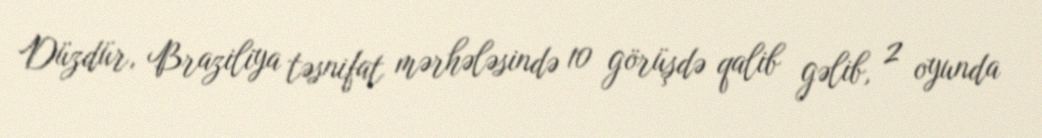
Düzdür, Braziliya təsnifat mərhələsində 10 görüşdə qalib gəlib, 2 oyunda